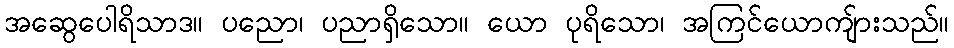
အဆွေပေါရိသာဒ။ ပညော၊ ပညာရှိသော။ ယော ပုရိသော၊ အကြင်ယောကျ်ားသည်။